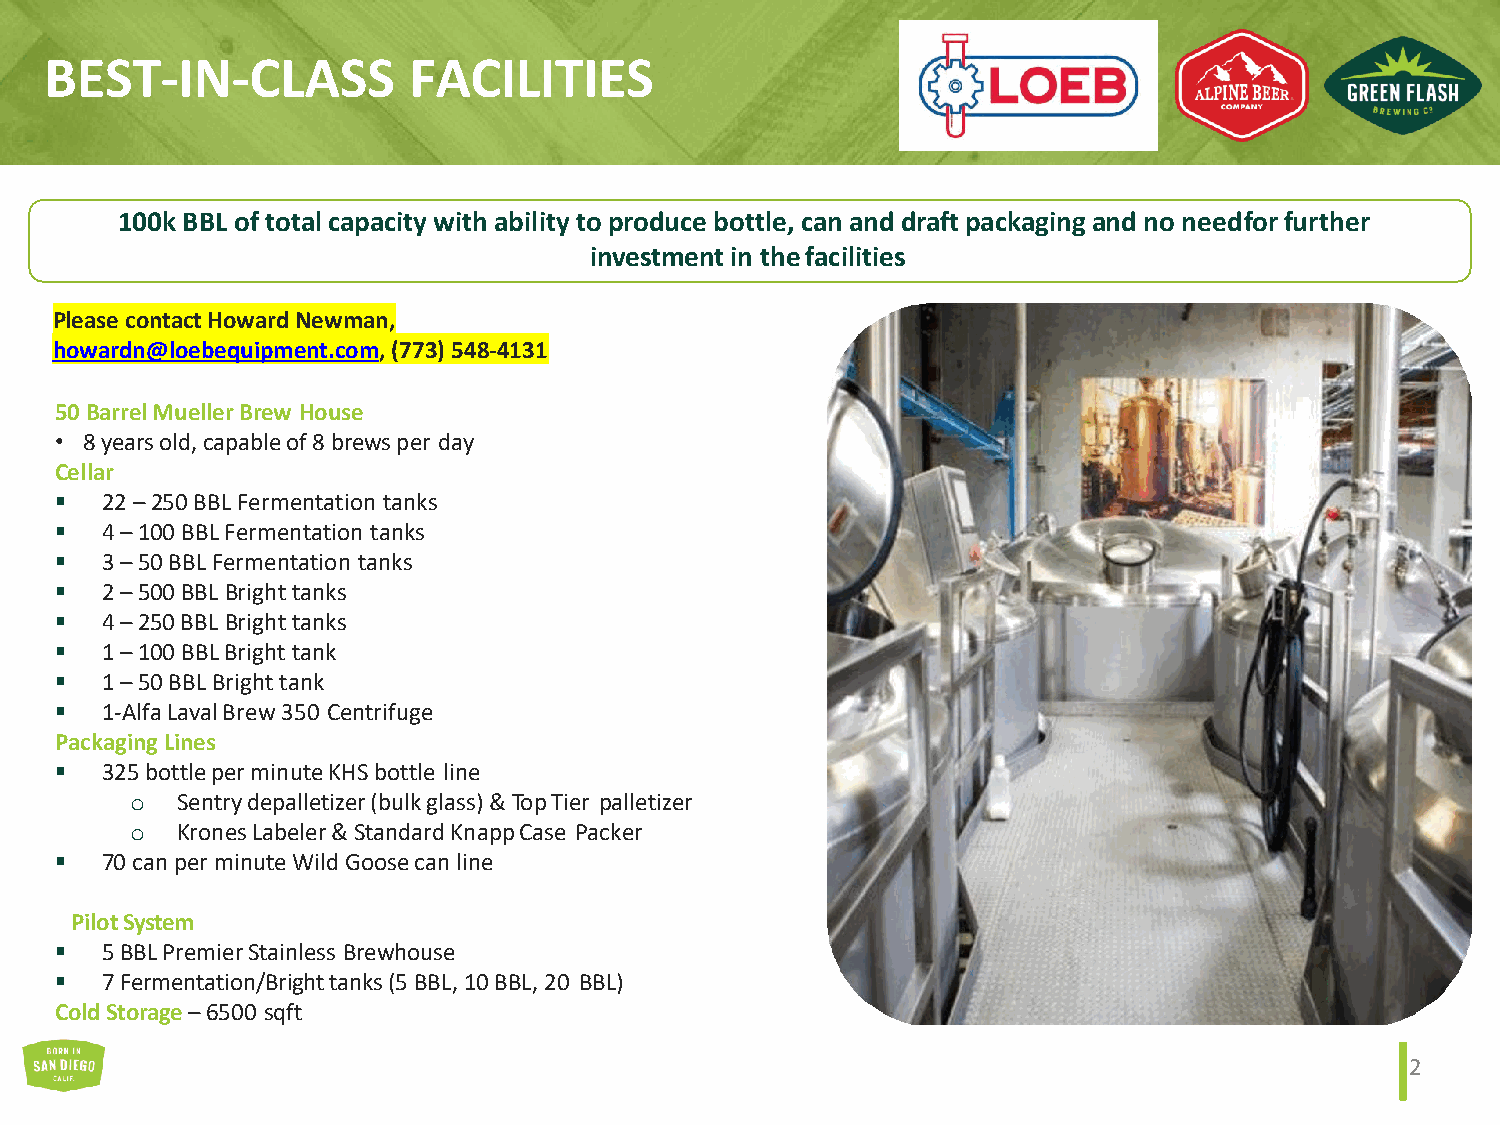
BEST-IN-CLASS           FACILITIES
 100k BBL of total capacity with ability to produce bottle, can and draft packaging and no needfor further
 investment in thefacilities
 Please contact Howard Newman,
 howardn@loebequipment.com, (773) 548-4131
 50 Barrel Mueller Brew House
 • 8 years old, capable of 8 brews per day
 Cellar
 ▪  22 – 250 BBL Fermentation tanks
 ▪  4 – 100 BBL Fermentation tanks
 ▪  3 – 50 BBL Fermentation tanks
 ▪  2 – 500 BBL Bright tanks
 ▪  4 – 250 BBL Bright tanks
 ▪  1 – 100 BBL Bright tank
 ▪  1 – 50 BBL Bright tank
 ▪  1-Alfa Laval Brew 350 Centrifuge
 Packaging Lines
 ▪  325 bottle per minute KHS bottle line
 o  Sentry depalletizer (bulk glass) & Top Tier palletizer
 o  Krones Labeler & Standard Knapp Case Packer
 ▪  70 can per minute Wild Goose can line
 PilotSystem
 ▪  5 BBL Premier Stainless Brewhouse
 ▪  7 Fermentation/Bright tanks (5 BBL, 10 BBL, 20 BBL)
 Cold Storage –6500 sqft
 2